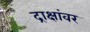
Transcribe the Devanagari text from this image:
द्राक्षांवर